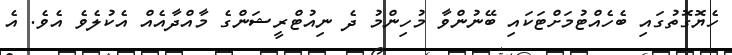
ހެޔޮގޮތުގައި ބެހެއްޓުމަށްޓަކައި ބޭނުންވާ މުހިންމު ދެ ނިއުޓްރީޝަންގެ މާއްދާއެއް އެކުލެވެ އެވެ. އެ